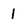
Character: 1